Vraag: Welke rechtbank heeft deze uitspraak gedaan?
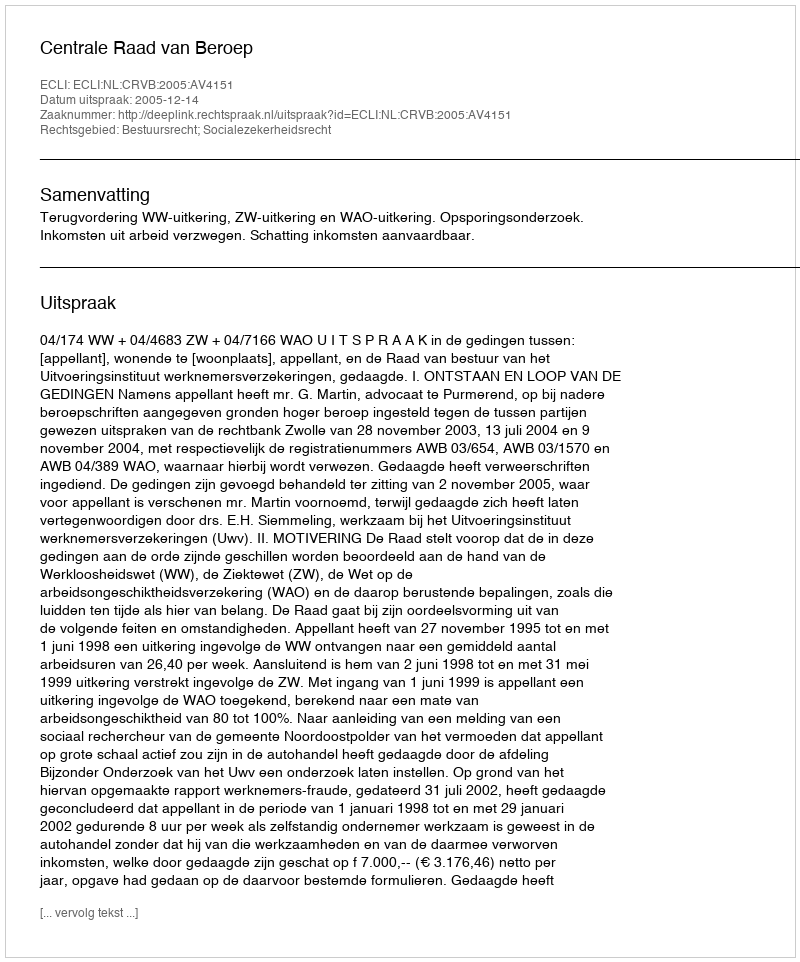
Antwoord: Centrale Raad van Beroep